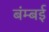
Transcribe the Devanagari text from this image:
बंम्बई